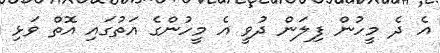
އެ ދެ މީހުން ފިލަން ދުވީ އެ މީހުންގެ އަތުގައި އޮތް ވަޅި